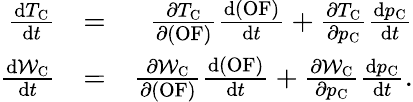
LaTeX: \begin{array}{rlr}{\frac{\mathrm{d}T_{\mathrm{C}}}{\mathrm{d}t}}&{=}&{\frac{\partial T_{\mathrm{C}}}{\partial(\mathrm{OF})}\frac{\mathrm{d}(\mathrm{OF})}{\mathrm{d}t}+\frac{\partial T_{\mathrm{C}}}{\partial p_{\mathrm{C}}}\frac{\mathrm{d}p_{\mathrm{C}}}{\mathrm{d}t}}\\ {\frac{\mathrm{d}\mathcal{W}_{\mathrm{C}}}{\mathrm{d}t}}&{=}&{\frac{\partial\mathcal{W}_{\mathrm{C}}}{\partial(\mathrm{OF})}\frac{\mathrm{d}(\mathrm{OF})}{\mathrm{d}t}+\frac{\partial\mathcal{W}_{\mathrm{C}}}{\partial p_{\mathrm{C}}}\frac{\mathrm{d}p_{\mathrm{C}}}{\mathrm{d}t}.}\end{array}